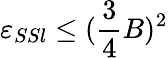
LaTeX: \varepsilon_{SSl}\leq(\frac 34B)^{2}